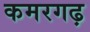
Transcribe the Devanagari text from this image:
कमरगढ़